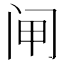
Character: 闸